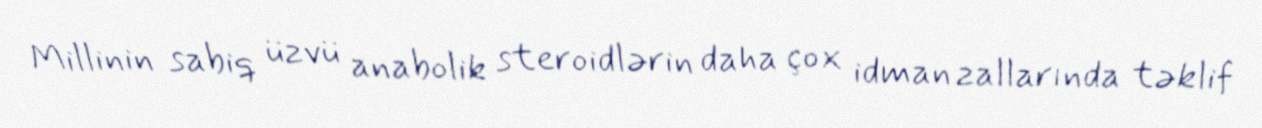
Millinin sabiq üzvü anabolik steroidlərin daha çox idman zallarında təklif